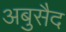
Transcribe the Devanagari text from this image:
अबुसैद